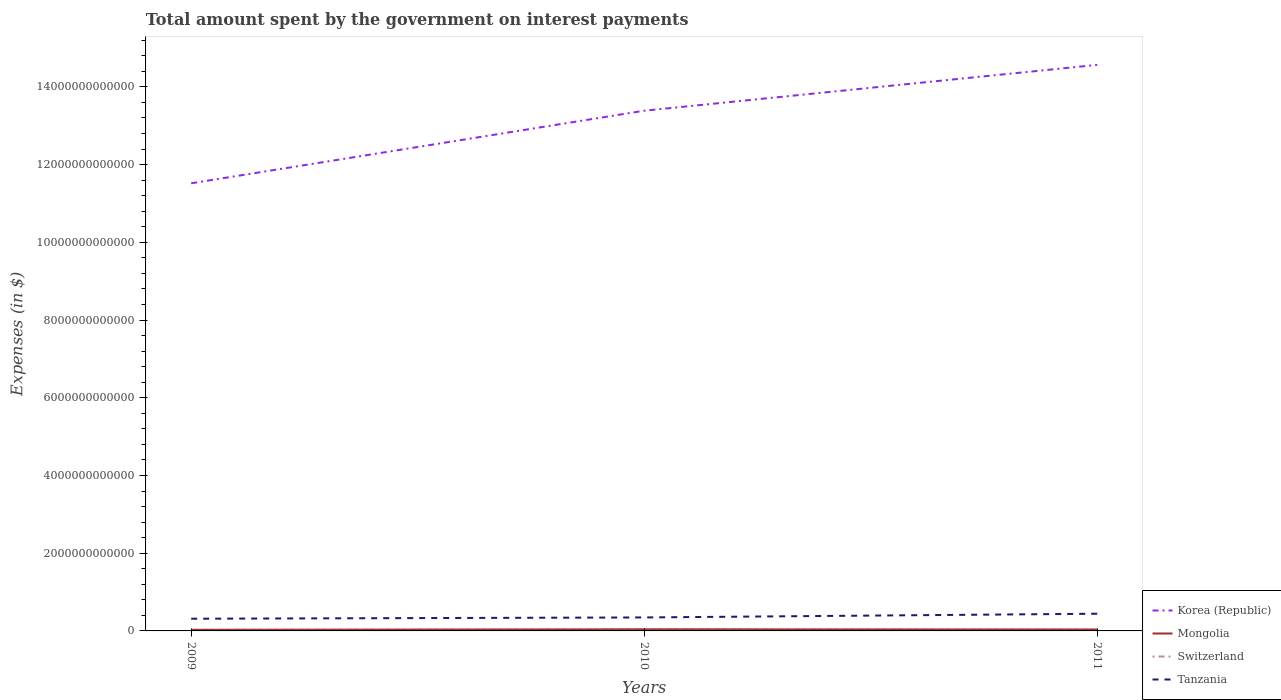
| Years | Korea (Republic) | Mongolia | Switzerland | Tanzania |
 | --- | --- | --- | --- | --- |
 | 2009 | 1.15e+13 | 2.96e+10 | 3.28e+09 | 3.14e+11 |
 | 2010 | 1.34e+13 | 4.19e+10 | 3.12e+09 | 3.47e+11 |
 | 2011 | 1.46e+13 | 3.73e+10 | 3.29e+09 | 4.43e+11 |